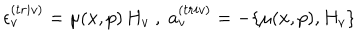
LaTeX: \epsilon _ { v } ^ { ( t r i v ) } = \mu ( x , p ) \, H _ { v } \; , \; a _ { v } ^ { ( t r i v ) } = - \{ \mu ( x , p ) , H _ { v } \}